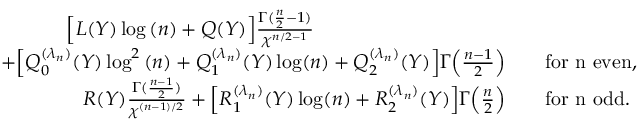
\begin{array} { r l } { \Big [ L ( Y ) \log { ( n ) } + Q ( Y ) \Big ] \frac { \Gamma ( \frac { n } { 2 } - 1 ) } { \chi ^ { n / 2 - 1 } } \qquad \qquad ~ ~ \qquad \qquad \quad } & { } \\ { + \Big [ Q _ { 0 } ^ { ( \lambda _ { n } ) } ( Y ) \log ^ { 2 } { ( n ) } + Q _ { 1 } ^ { ( \lambda _ { n } ) } ( Y ) \log ( n ) + Q _ { 2 } ^ { ( \lambda _ { n } ) } ( Y ) \Big ] \Gamma \Big ( \frac { n - 1 } { 2 } \Big ) } & { \quad \mathrm { f o r ~ n ~ e v e n } , } \\ { R ( Y ) \frac { \Gamma ( \frac { n - 1 } { 2 } ) } { \chi ^ { ( n - 1 ) / 2 } } + \Big [ R _ { 1 } ^ { ( \lambda _ { n } ) } ( Y ) \log ( n ) + R _ { 2 } ^ { ( \lambda _ { n } ) } ( Y ) \Big ] \Gamma \Big ( \frac { n } { 2 } \Big ) } & { \quad \mathrm { f o r ~ n ~ o d d } . } \end{array}